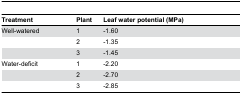
<table><thead><tr><td><b>Treatment</b></td><td><b>Plant</b></td><td><b>Leaf water potential (MPa) </b></td></tr></thead><tbody><tr><td>Well-watered </td><td>1</td><td>-1.60</td></tr><tr><td></td><td>2</td><td>-1.35</td></tr><tr><td></td><td>3</td><td>-1.45</td></tr><tr><td>Water-deficit</td><td>1</td><td>-2.20</td></tr><tr><td></td><td>2</td><td>-2.70</td></tr><tr><td></td><td>3</td><td>-2.85</td></tr></tbody></table>